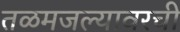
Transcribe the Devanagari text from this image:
तळमजल्यावरची